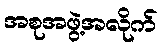
အစုအဖွဲ့အလိုက်